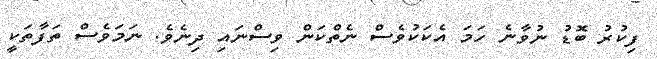
ފިކުރު ބޮޑު ނުވާނެ ހަމަ އެކަކުވެސް ނެތްކަން ވިސްނައި ދިނެވެ. ނަމަވެސް ތަފާތަކީ